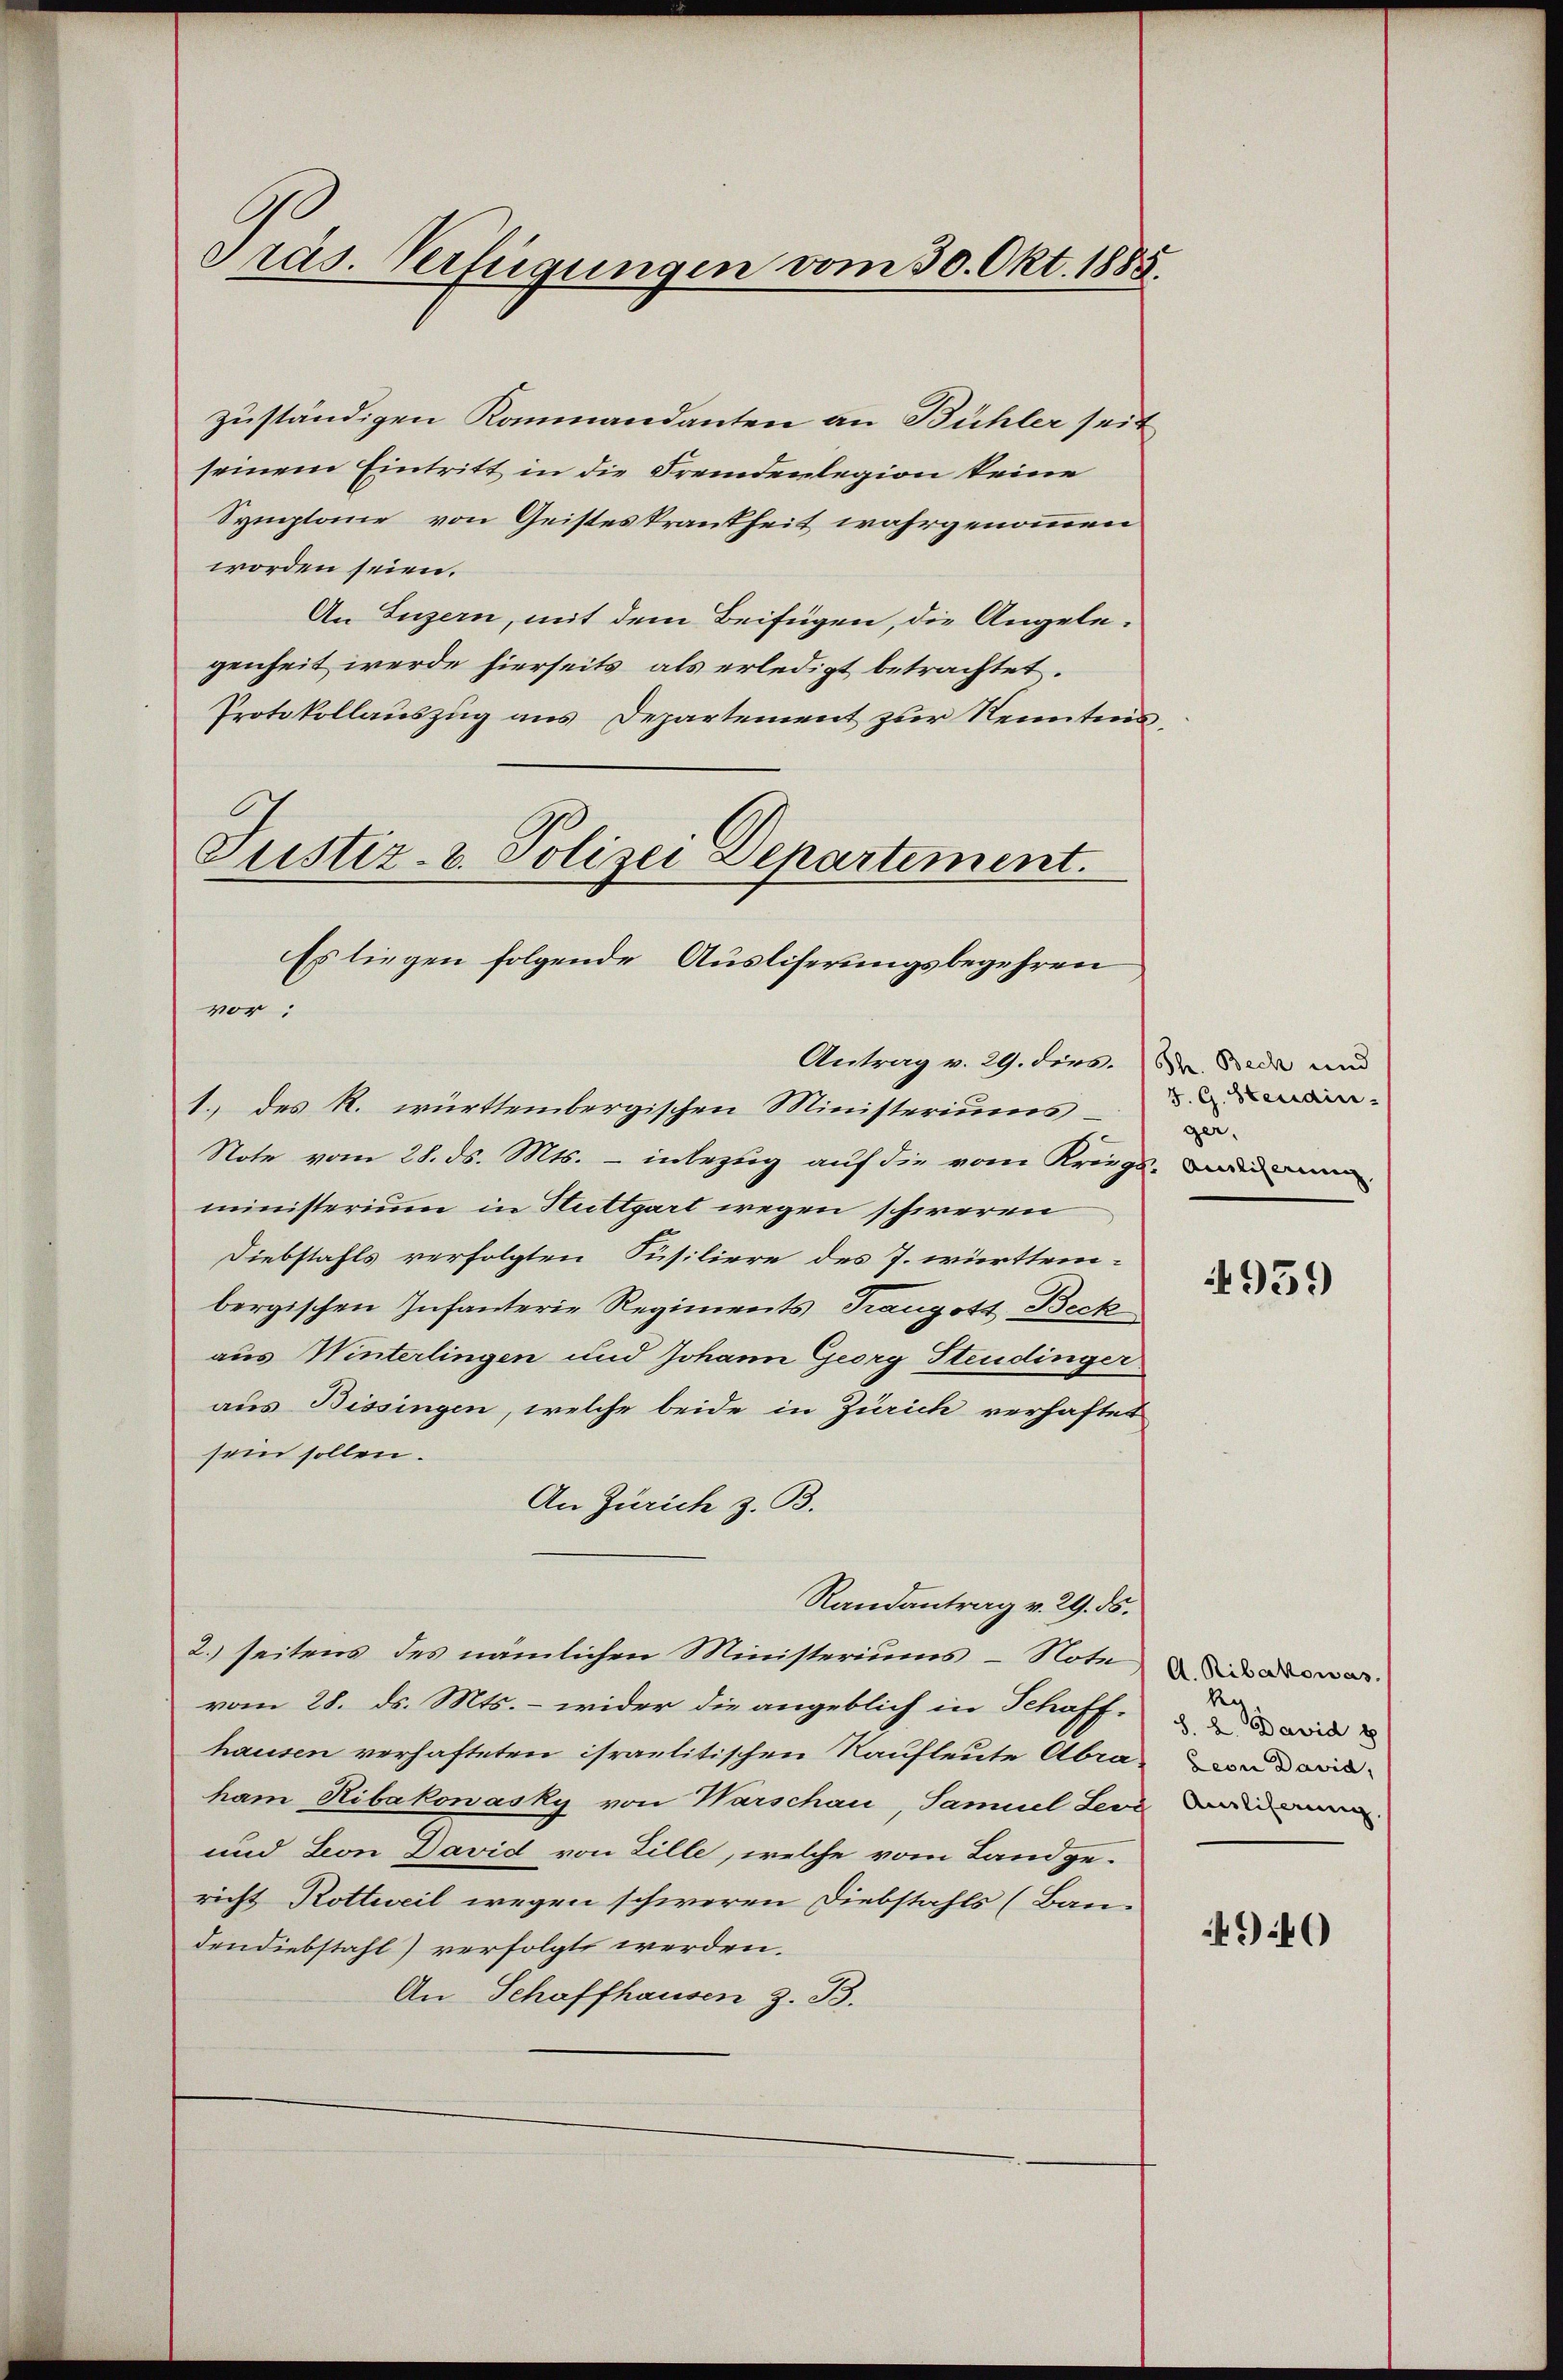
Präs. Verfügungen vom 30. Okt. 1885.

zuständigen Kommandanten an Bühler seit
seinem Eintritt in die Fremdenlegion keine
Symptone von Geisteskrankheit wahrgenommen
worden seien.
An Luzern, mit dem Beifügen, die Angelegenheit werde hierseits als erledigt betrachtet.
Protokollauszug aus Departement zur Kenntnis,
vor:
1. des R. württembergischen Ministeriums¬
Note vom 28. ds. Mts. – inbezug auf die vom Kriegs- Landm
ministerium in Stuttgart wegen schweren
Diebstahls verfolgten Füsiliere des J. württem-
bergischen Infanterie Regiments, Franzott, Beck
aus Winterlingen und Johann Georg Studinger
aus Bissingen, welche beide in Zürich verhaftet
sein sollen.
An Zürich z. B.
Randantrag v. 29. ds.
2. seitens des nämlichen Ministeriums - Note darowas
vom 28. ds. Mts. – wider die angeblich in Schaffhausen verhafteten israelitischen Kaufleute Abraham Hibakonasky von Warschau, Samuel Levi Bide
und Leon David von Zille, welche vom Landge-
richt Rottweil wegen schweren Diebstahls (Bau-
dendiebstahl) verfolgt werden.
An Schaffhausen z. B.

Justiz- u. Polizei Departement.
Es liegen folgende Ausliserungsbegehren

Antrag v. 29. dies.

Th. Bech und
S. G. Steidin-
ger.

4959

Re
§. 2. David
Leon David,

90